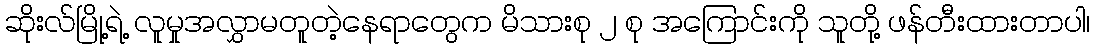
ဆိုးလ်မြို့ရဲ့ လူမှုအလွှာမတူတဲ့နေရာတွေက မိသားစု ၂ စု အကြောင်းကို သူတို့ ဖန်တီးထားတာပါ၊